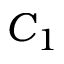
C _ { 1 }